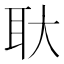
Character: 𬚓